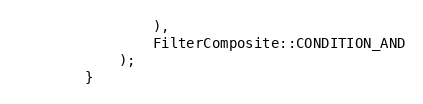
Language: PHP
                ),
                FilterComposite::CONDITION_AND
            );
        }